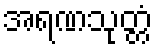
အရဏသုတ္တံ